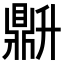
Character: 𬹦